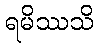
ရမိဿသိ